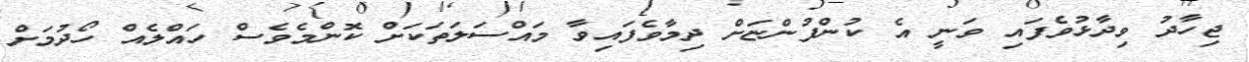
ޖިހާދު ވިދާޅުވެފައި ވަނީ އެ ކުންފުންޏަށް ދިމާވެފައިވާ މައްސަލަތަކަށް ކޮންމެވެސް ހައްލެއް ހޯދުމަށް